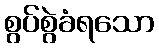
စွပ်စွဲခံရသော